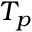
T _ { p }